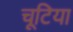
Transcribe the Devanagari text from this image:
चूटिया